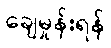
ချေမှုန်းရန်